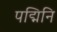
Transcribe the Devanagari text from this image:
पद्मिनि